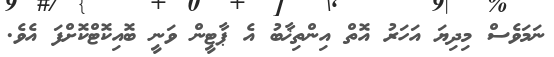
ނަމަވެސް މިދިޔަ އަހަރު އޮތް އިންތިޚާބު އެ ޕާޓީން ވަނީ ބޮއިކޮޓްކޮށްފަ އެވެ.